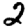
Digit: 2